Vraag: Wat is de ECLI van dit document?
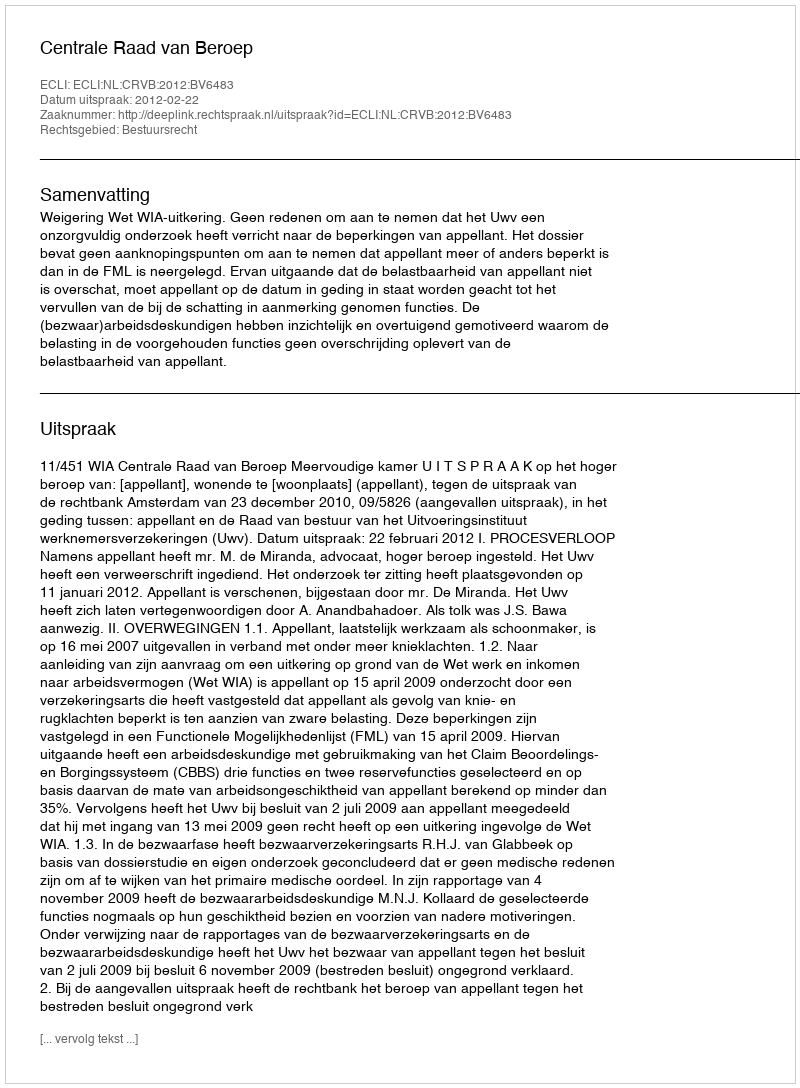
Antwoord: ECLI:NL:CRVB:2012:BV6483